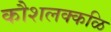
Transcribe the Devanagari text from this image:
कौशलक्कळि